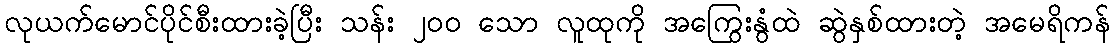
လုယက်မောင်ပိုင်စီးထားခဲ့ပြီး သန်း ၂၀၀ သော လူထုကို အကြွေးနွံထဲ ဆွဲနှစ်ထားတဲ့ အမေရိကန်